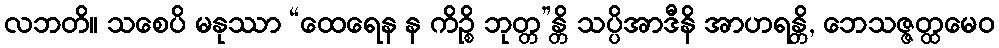
လဘတိ။ သစေပိ မနုဿာ “ထေရေန န ကိဉ္စိ ဘုတ္တ”န္တိ သပ္ပိအာဒီနိ အာဟရန္တိ, ဘေသဇ္ဇတ္ထမေဝ